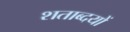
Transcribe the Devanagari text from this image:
शताब्दयों